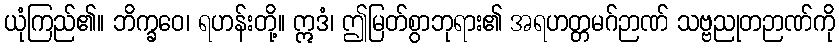
ယုံကြည်၏။ ဘိက္ခဝေ၊ ရဟန်းတို့။ ဣဒံ၊ ဤမြတ်စွာဘုရား၏ အရဟတ္တမဂ်ဉာဏ် သဗ္ဗညုတဉာဏ်ကို